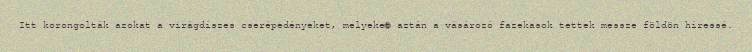
Itt korongolták azokat a virágdíszes cserépedényeket, melyeket aztán a vásározó fazekasok tettek messze földön híressé.